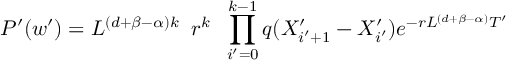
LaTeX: P ^ { \prime } ( w ^ { \prime } ) = L ^ { ( d + \beta - \alpha ) k } \; \; r ^ { k } \; \; \prod _ { i ^ { \prime } = 0 } ^ { k - 1 } q ( X _ { i ^ { \prime } + 1 } ^ { \prime } - X _ { i ^ { \prime } } ^ { \prime } ) e ^ { - r L ^ { ( d + \beta - \alpha ) } T ^ { \prime } }